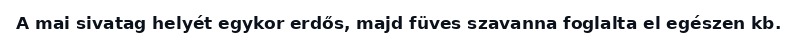
A mai sivatag helyét egykor erdős, majd füves szavanna foglalta el egészen kb.